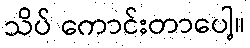
သိပ် ကောင်းတာပေါ့။